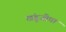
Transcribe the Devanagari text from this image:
खंडूजीचा